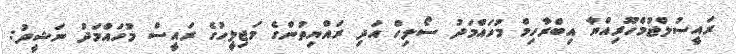
ރައީސުލްޖުމްހޫރިއްޔާ އިބްރާހިމް މުހައްމަދު ސޯލިހް އަދި ރައްޔިތުންގެ މަޖިލީހުގެ ރައީސް މުހައްމަދު ނަޝީދު: